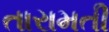
તારામતી